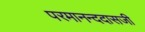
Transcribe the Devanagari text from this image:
परमानन्ददासजी